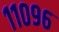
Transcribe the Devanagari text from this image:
११०९६